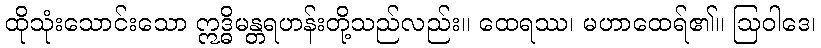
ထိုသုံးသောင်းသော ဣဒ္ဓိမန္တရဟန်းတို့သည်လည်း။ ထေရဿ၊ မဟာထေရ်၏။ ဩဝါဒေ၊